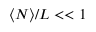
\langle N \rangle / L < < 1